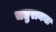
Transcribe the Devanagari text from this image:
चतुरानना